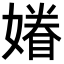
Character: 𡡀